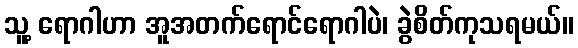
သူ့ ရောဂါဟာ အူအတက်ရောင်ရောဂါပဲ၊ ခွဲစိတ်ကုသရမယ်။